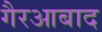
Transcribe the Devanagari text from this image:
गैरआबाद